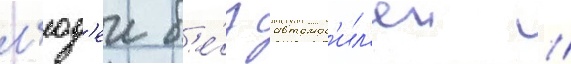
л'юд'еи б'е́з автомоб'ил'еи //